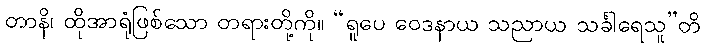
တာနိ၊ ထိုအာရုံဖြစ်သော တရားတို့ကို။ “ရူပေ ဝေဒနာယ သညာယ သင်္ခါရေသူ”တိ